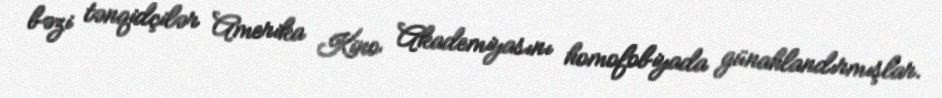
bəzi tənqidçilər Amerika Kino Akademiyasını homofobiyada günahlandırmışlar.